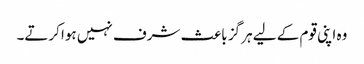
وہ اپنی قوم کے لیے ہر گز باعث شرف نہیں ہوا کرتے۔